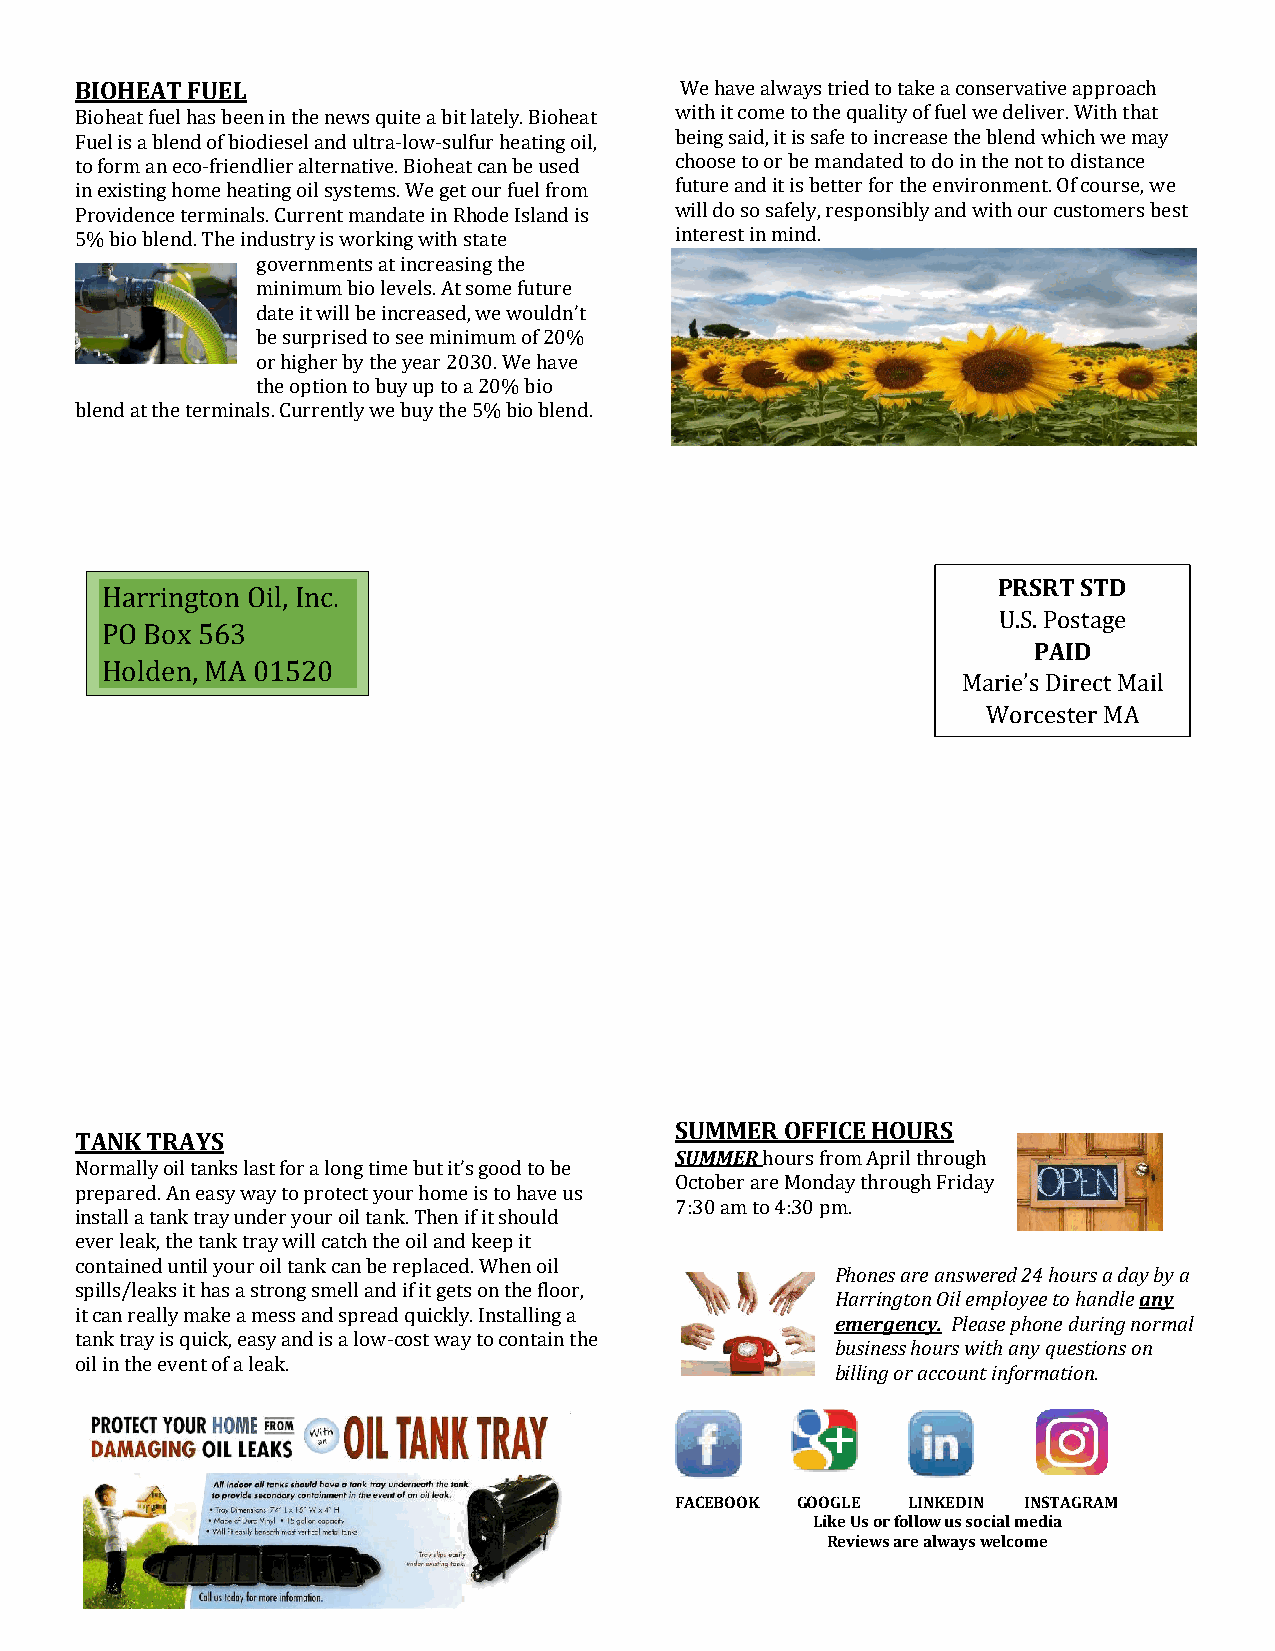
BIOHEAT FUEL                            We have always tried to take a conservative approach
 Bioheat fuel has been in the news quite a bit lately. Bioheat with it come to the quality of fuel we deliver. With that
 Fuel is a blend of biodiesel and ultra-low-sulfur heating oil, being said, it is safe to increase the blend which we may
 to form an eco-friendlier alternative. Bioheat can be used choose to or be mandated to do in the not to distance
 in existing home heating oil systems. We get our fuel from future and it is better for the environment. Of course, we
 Providence terminals. Current mandate in Rhode Island is will do so safely, responsibly and with our customers best
 5% bio blend. The industry is working with state interest in mind.
 governments at increasing the
 minimum bio levels. At some future
 date it will be increased, we wouldn’t
 be surprised to see minimum of 20%
 or higher by the year 2030. We have
 This Photo by the option to buy up to a 20% bio
 blend at the terminals. Currently we buy the 5% bio blend.
 PRSRT STD
 Harrington Oil, Inc.
 U.S. Postage
 PO Box 563
 PAID
 Holden, MA 01520
 Marie’s Direct Mail
 Worcester MA
 SUMMER OFFICE HOURS
 TANK TRAYS
 SUMMER hours from April through
 Normally oil tanks last for a long time but it’s good to be
 October are Monday through Friday
 prepared. An easy way to protect your home is to have us
 7:30 am to 4:30 pm.
 install a tank tray under your oil tank. Then if it should
 ever leak, the tank tray will catch the oil and keep it
 This Photo by
 contained until your oil tank can be replaced. When oil
 Phones are answered 24 hours a day by a
 spills/leaks it has a strong smell and if it gets on the floor,
 Harrington Oil employee to handle any
 it can really make a mess and spread quickly. Installing a
 emergency. Please phone during normal
 tank tray is quick, easy and is a low-cost way to contain the
 business hours with any questions on
 oil in the event of a leak.
 billing or account information.
 This Photo by
 FACEBOOK GOOGLE LINKEDIN INSTAGRAM
 Like Us or follow us social media
 Reviews are always welcome